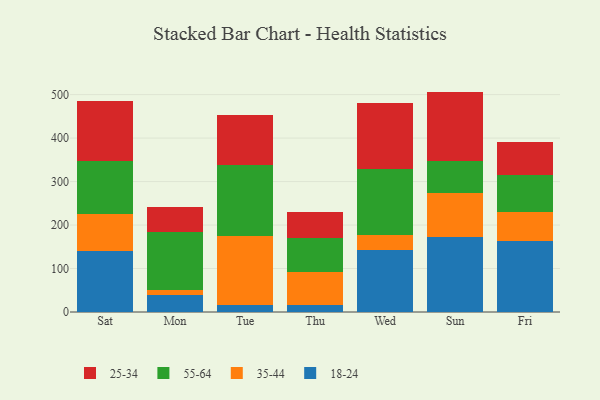
{"axis": {"x": "Day", "y": "Satisfaction Score"}, "legend": ["18-24", "25-34", "35-44", "55-64"], "data": [{"x": "Sat", "y": 140.7, "type": "18-24"}, {"x": "Sat", "y": 84.7, "type": "35-44"}, {"x": "Sat", "y": 121.9, "type": "55-64"}, {"x": "Sat", "y": 137.0, "type": "25-34"}, {"x": "Mon", "y": 39.1, "type": "18-24"}, {"x": "Mon", "y": 12.1, "type": "35-44"}, {"x": "Mon", "y": 132.1, "type": "55-64"}, {"x": "Mon", "y": 59.1, "type": "25-34"}, {"x": "Tue", "y": 15.1, "type": "18-24"}, {"x": "Tue", "y": 159.9, "type": "35-44"}, {"x": "Tue", "y": 164.2, "type": "55-64"}, {"x": "Tue", "y": 113.5, "type": "25-34"}, {"x": "Thu", "y": 15.6, "type": "18-24"}, {"x": "Thu", "y": 76.4, "type": "35-44"}, {"x": "Thu", "y": 79.0, "type": "55-64"}, {"x": "Thu", "y": 58.8, "type": "25-34"}, {"x": "Wed", "y": 143.6, "type": "18-24"}, {"x": "Wed", "y": 34.5, "type": "35-44"}, {"x": "Wed", "y": 151.4, "type": "55-64"}, {"x": "Wed", "y": 152.0, "type": "25-34"}, {"x": "Sun", "y": 173.1, "type": "18-24"}, {"x": "Sun", "y": 100.9, "type": "35-44"}, {"x": "Sun", "y": 73.7, "type": "55-64"}, {"x": "Sun", "y": 159.2, "type": "25-34"}, {"x": "Fri", "y": 162.2, "type": "18-24"}, {"x": "Fri", "y": 67.6, "type": "35-44"}, {"x": "Fri", "y": 84.6, "type": "55-64"}, {"x": "Fri", "y": 76.4, "type": "25-34"}]}